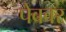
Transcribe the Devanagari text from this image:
पेबवर